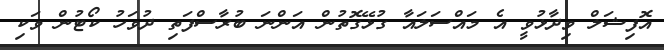
އޮފިޝަލް ވިދާޅުވީ އެ މައްސަލައާ ގުޅޭގޮތުން އަންނަ ބުރާސްފަތި ދުވަހު ކޯޓުން ވަކި